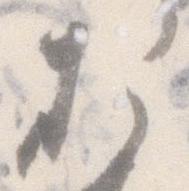
お